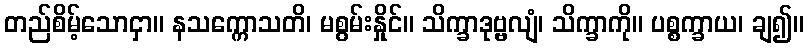
တည်စိမ့်သောငှာ။ နသက္ကောသတိ၊ မစွမ်းနှိုင်။ သိက္ခာဒုဗ္ဗလျံ၊ သိက္ခာကို။ ပစ္စက္ခာယ၊ ချ၍။